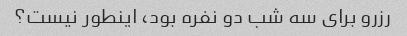
رزرو برای سه شب دو نفره بود، اینطور نیست؟